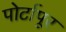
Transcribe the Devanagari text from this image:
पोर्टापूर